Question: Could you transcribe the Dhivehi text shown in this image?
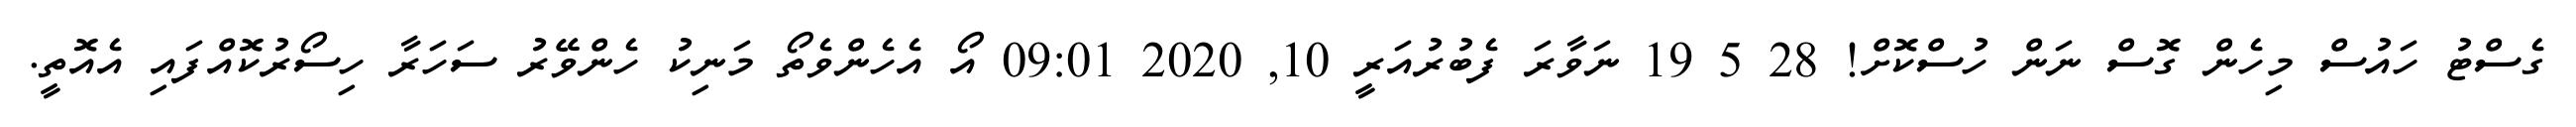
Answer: ގެސްޓު ހައުސް މިހެން ގޮސް ނަން ހުސްކޮށް! 28 5 19 ނަވާރަ ފެބުރުއަރީ 10, 2020 09:01 އޯ އެހެންވެތޯ މަނިކު ހެންވޭރު ސަހަރާ ހިސޯރުކޮއްފައި އެއޮތީ.